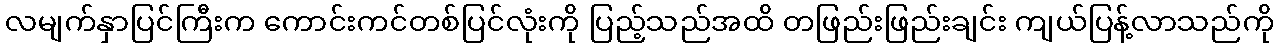
လမျက်နှာပြင်ကြီးက ကောင်းကင်တစ်ပြင်လုံးကို ပြည့်သည်အထိ တဖြည်းဖြည်းချင်း ကျယ်ပြန့်လာသည်ကို